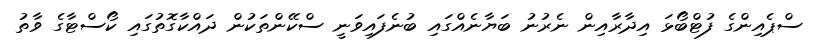
ސްޕެއިންގެ ފުޓްބޯޅަ އިދާރާއިން ނެރުނު ބަޔާނެއްގައި ބުނެފައިވަނީ ސްކޭންތަކުން ދައްކާގޮތުގައި ކޯސްޓާގެ ވާތު